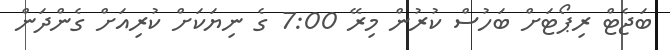
ބަޖެޓް ރިޕޯޓަށް ބަހުސް ކުރުން މިރޭ 7:00 ގެ ނިޔަކަށް ކުރިއަށް ގެންދަން